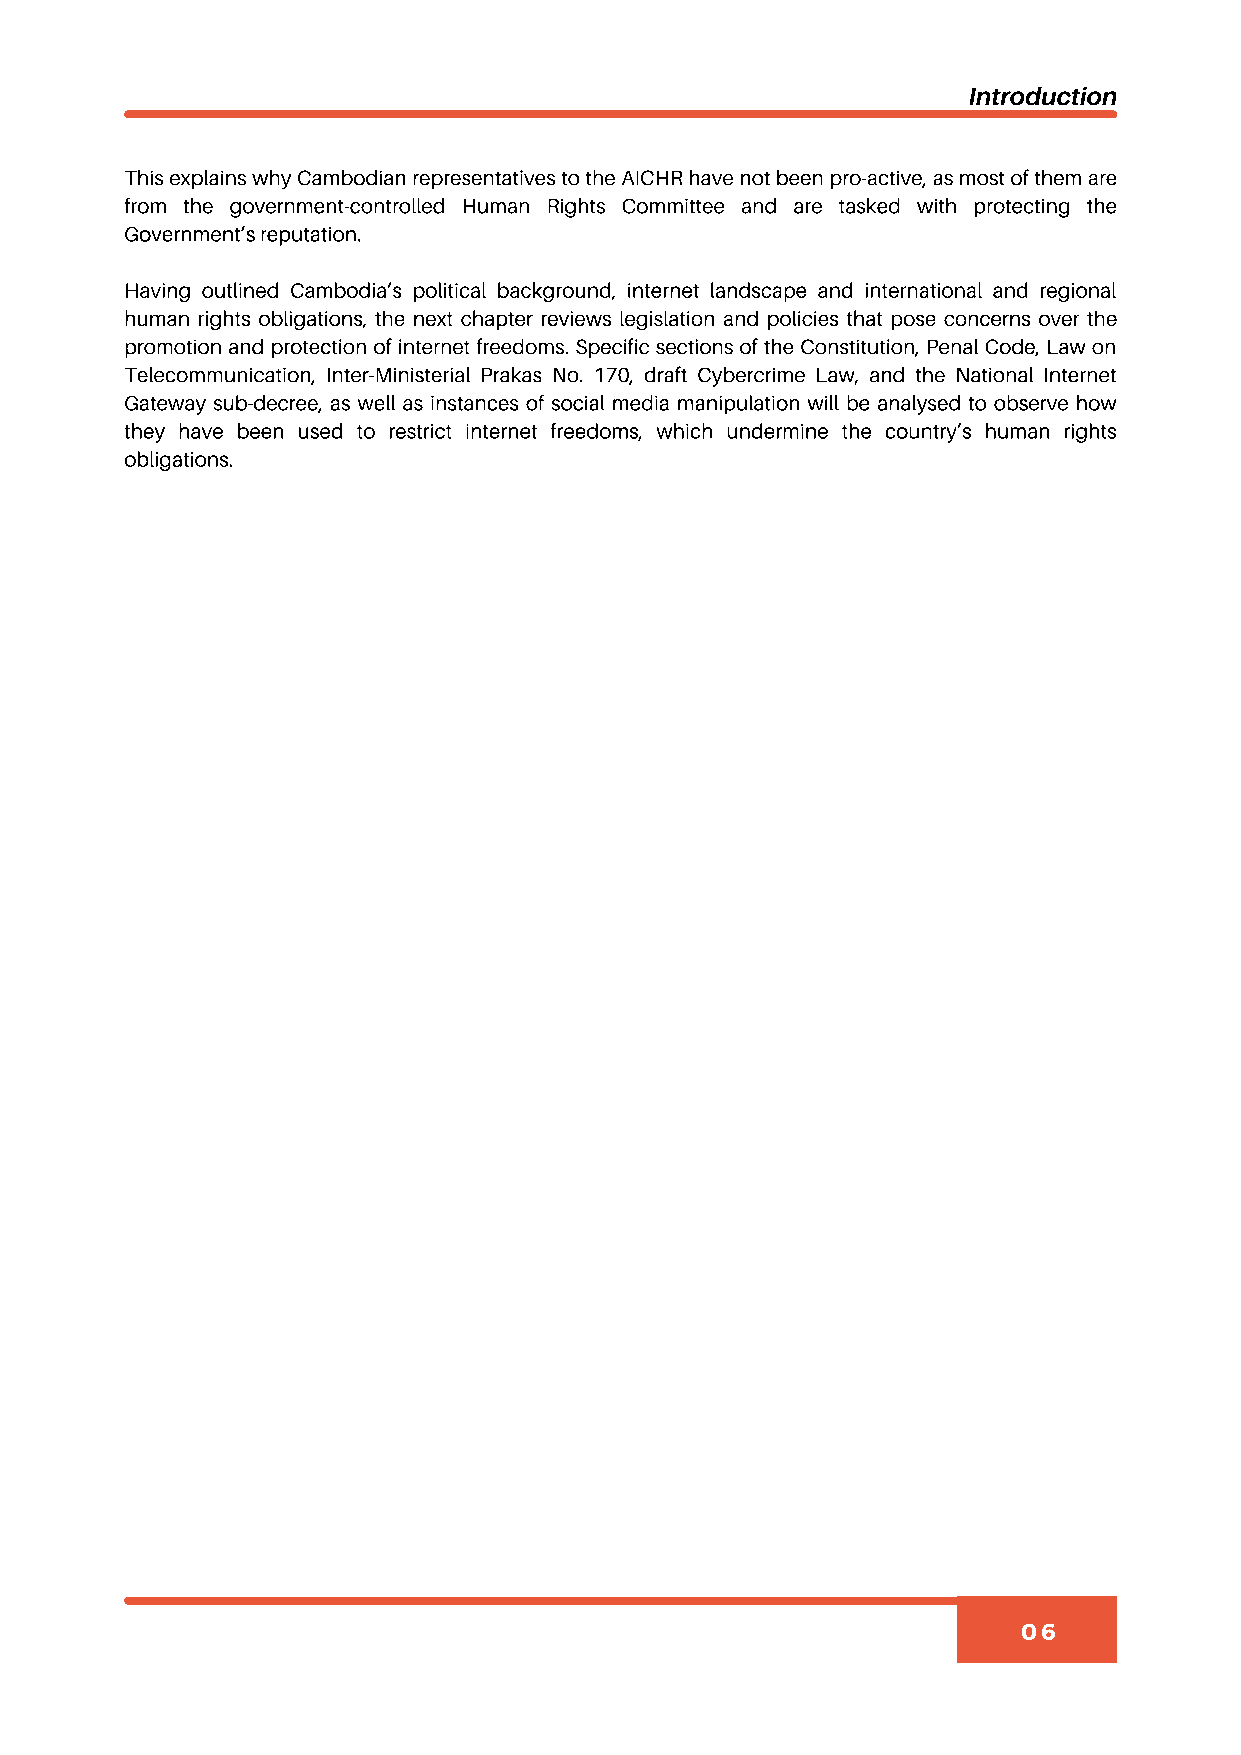
Introduction
 This explains why Cambodian representatives to the AICHR have not been pro-active, as most of them are
 from the government-controlled Human Rights Committee and are tasked with protecting the
 Government’s reputation.
 Having outlined Cambodia’s political background, internet landscape and international and regional
 human rights obligations, the next chapter reviews legislation and policies that pose concerns over the
 promotion and protection of internet freedoms. Specific sections of the Constitution, Penal Code, Law on
 Telecommunication, Inter-Ministerial Prakas No. 170, draft Cybercrime Law, and the National Internet
 Gateway sub-decree, as well as instances of social media manipulation will be analysed to observe how
 they have been used to restrict internet freedoms, which undermine the country’s human rights
 obligations.
 06